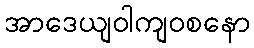
အာဒေယျဝါကျဝစနော